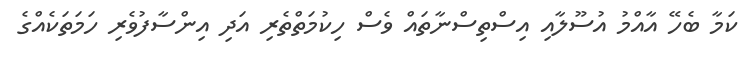
ކަމާ ބެހޭ އާއްމު އުސޫލާއި އިސްތިސްނާތައް ވެސް ހިކުމަތްތެރި އަދި އިންސާފުވެރި ހަމަތަކެއްގެ